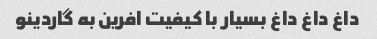
داغ داغ داغ بسیار با کیفیت افرین به گاردینو